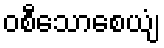
ဝစီသောစေယျံ